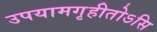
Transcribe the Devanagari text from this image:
उपयामगृहीतोऽसि